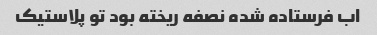
اب فرستاده شده نصفه ریخته بود تو پلاستیک